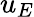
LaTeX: u_{E}